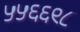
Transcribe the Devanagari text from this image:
५५६६९८